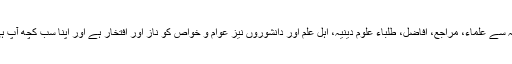
اس شہر میں آپ کے وجود اطہر کی وجہ سے علماء، مراجع، افاضل، طلباء علوم دینیہ، اہل علم اور دانشوروں نیز عوام و خواص کو ناز اور افتخار ہے اور اپنا سب کچھ آپ ہی کے صدقے اور طفیل میں جانتے هیں۔